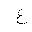
Letter: _gayn